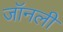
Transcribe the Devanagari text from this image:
जॉनली